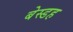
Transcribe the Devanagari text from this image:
बेस्डह